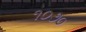
૧૦૭૦